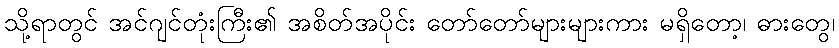
သို့ရာတွင် အင်ဂျင်တုံးကြီး၏ အစိတ်အပိုင်း တော်တော်များများကား မရှိတော့၊ ဓားတွေ၊